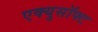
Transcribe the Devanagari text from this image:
एक्युसॉफ्ट